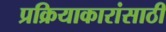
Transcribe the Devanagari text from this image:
प्रक्रियाकारांसाठी